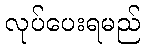
လုပ်ပေးရမည်